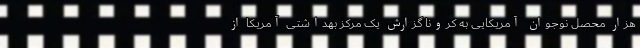
هزار محصل نوجوان آمریکایی به کرونا گزارش یک مرکز بهداشتی آمریکا از